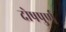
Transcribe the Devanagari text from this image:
दोषपुर्ण